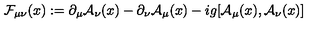
{ \cal F } _ { \mu \nu } ( x ) : = \partial _ { \mu } { \cal A } _ { \nu } ( x ) - \partial _ { \nu } { \cal A } _ { \mu } ( x ) - i g [ { \cal A } _ { \mu } ( x ) , { \cal A } _ { \nu } ( x ) ]